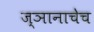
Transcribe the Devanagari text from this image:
ज्ञानाचेच